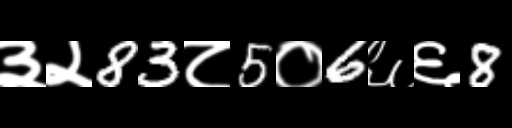
Text: ३२83८5०6६६8